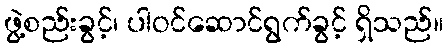
ဖွဲ့စည်းခွင့်၊ ပါဝင်ဆောင်ရွက်ခွင့် ရှိသည်။